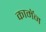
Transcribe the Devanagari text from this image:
कामॅन